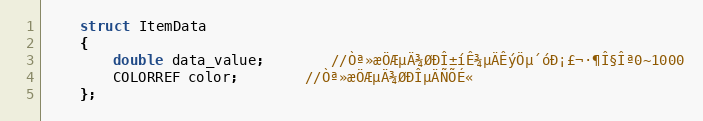
Language: C
	struct ItemData
	{
		double data_value;		//Òª»æÖÆµÄ¾ØÐÎ±íÊ¾µÄÊýÖµ´óÐ¡£¬·¶Î§Îª0~1000
		COLORREF color;		//Òª»æÖÆµÄ¾ØÐÎµÄÑÕÉ«
	};